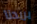
يريدنا